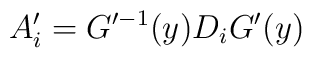
A^{\prime}_{i}=G^{\prime   -1}(y)D_{i}G^{\prime  }(y)